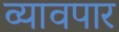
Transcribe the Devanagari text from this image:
व्यावपार